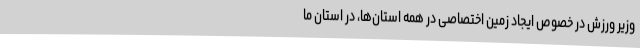
وزیر ورزش در خصوص ایجاد زمین اختصاصی در همه استان‌ها، در استان ما